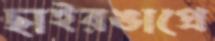
ছাইরঙাপ্রে